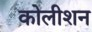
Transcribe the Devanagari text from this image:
कोलीशन